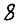
Digit: 8